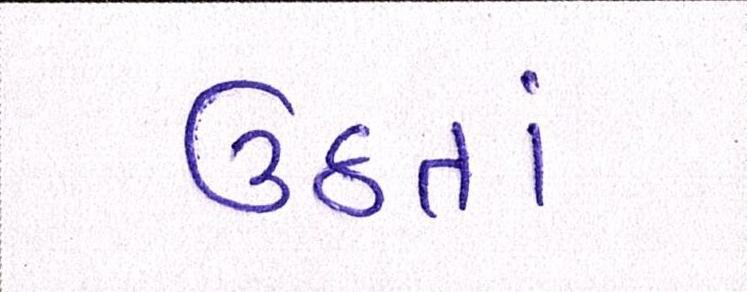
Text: ઉઠતાં